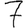
Digit: 7